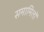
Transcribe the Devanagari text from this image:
समामिलों